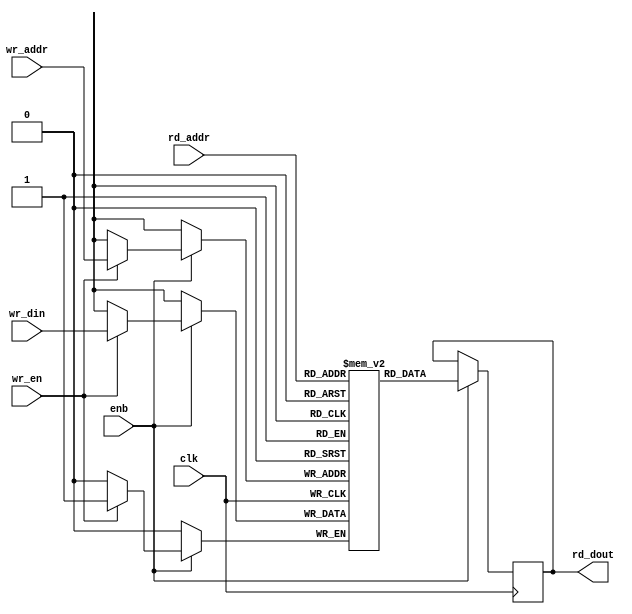
// -------------------------------------------------------------
// 
// 
// Generated by MATLAB 9.13 and HDL Coder 4.0
// 
// -------------------------------------------------------------


// -------------------------------------------------------------
// 
// Module: SimpleDualPortRAM_generic
// Source Path: joe_fft/fifo_1/HDL_FIFO/SimpleDualPortRAM_generic
// Hierarchy Level: 3
// 
// -------------------------------------------------------------

`timescale 1 ns / 1 ns

module SimpleDualPortRAM_generic
          (clk,
           enb,
           wr_din,
           wr_addr,
           wr_en,
           rd_addr,
           rd_dout);

  parameter integer AddrWidth  = 1;
  parameter integer DataWidth  = 1;

  input   clk;
  input   enb;
  input   [DataWidth - 1:0] wr_din;  // parameterized width
  input   [AddrWidth - 1:0] wr_addr;  // parameterized width
  input   wr_en;  // ufix1
  input   [AddrWidth - 1:0] rd_addr;  // parameterized width
  output  [DataWidth - 1:0] rd_dout;  // parameterized width


  reg  [DataWidth - 1:0] ram [2**AddrWidth - 1:0];
  reg  [DataWidth - 1:0] data_int;
  integer i;

  initial begin
    for (i=0; i<=2**AddrWidth - 1; i=i+1) begin
      ram[i] = 0;
    end
    data_int = 0;
  end


  always @(posedge clk)
    begin : SimpleDualPortRAM_generic_process
      if (enb == 1'b1) begin
        if (wr_en == 1'b1) begin
          ram[wr_addr] <= wr_din;
        end
        data_int <= ram[rd_addr];
      end
    end

  assign rd_dout = data_int;

endmodule  // SimpleDualPortRAM_generic